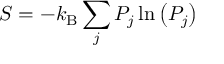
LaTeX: S = - k _ { \mathrm { B } } \sum _ { j } P _ { j } \ln \left( P _ { j } \right)